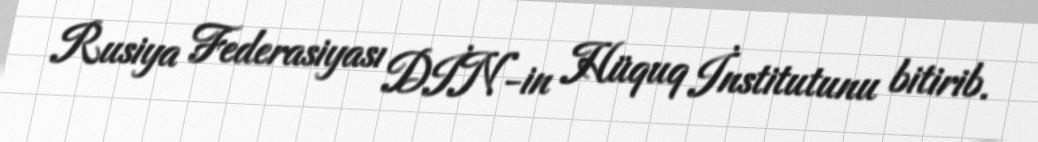
Rusiya Federasiyası DİN-in Hüquq İnstitutunu bitirib.